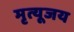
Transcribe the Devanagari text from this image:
मृत्यूजय